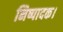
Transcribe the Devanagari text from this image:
निष्पादक।